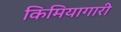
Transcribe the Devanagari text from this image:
किमियागारी